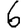
Digit: 6